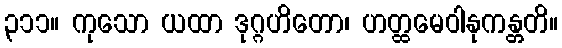
၃၁၁။ ကုသော ယထာ ဒုဂ္ဂဟိတော၊ ဟတ္ထမေဝါနုကန္တတိ။